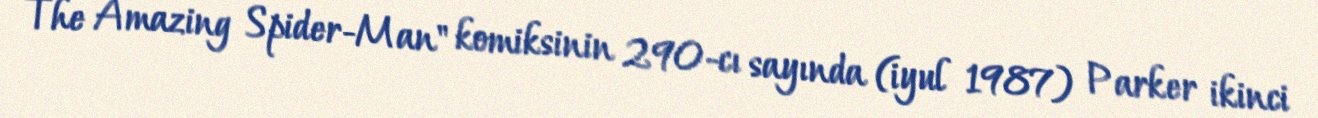
The Amazing Spider-Man" komiksinin 290-cı sayında (iyul 1987) Parker ikinci